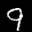
Label: 9